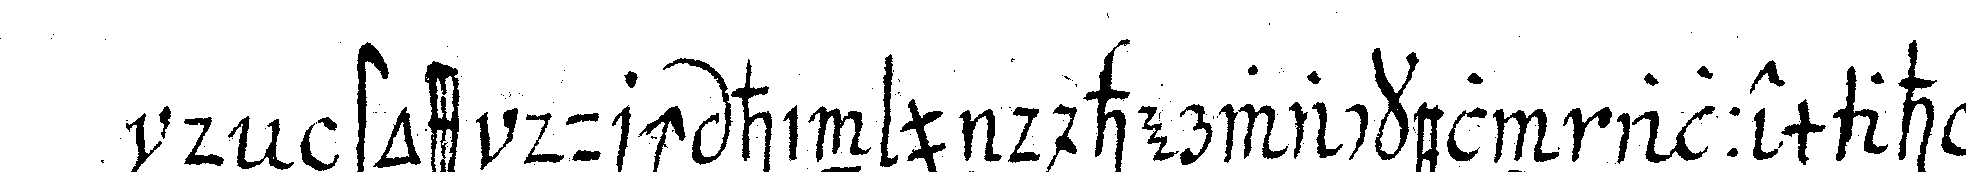
deN stoss durch hin und herwackeln allemahl